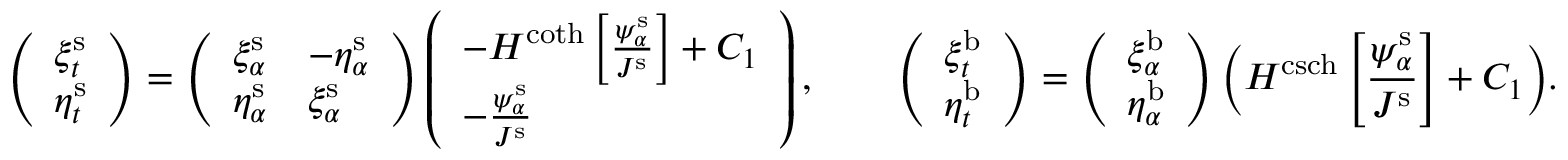
\left( \begin{array} { l } { \xi _ { t } ^ { \mathrm { s } } } \\ { \eta _ { t } ^ { \mathrm { s } } } \end{array} \right) = \left( \begin{array} { l l } { \xi _ { \alpha } ^ { \mathrm { s } } } & { - \eta _ { \alpha } ^ { \mathrm { s } } } \\ { \eta _ { \alpha } ^ { \mathrm { s } } } & { \xi _ { \alpha } ^ { \mathrm { s } } } \end{array} \right) \left( \begin{array} { l } { - H ^ { \coth } \left[ \frac { \psi _ { \alpha } ^ { \mathrm { s } } } { J ^ { \mathrm { s } } } \right] + C _ { 1 } } \\ { - \frac { \psi _ { \alpha } ^ { \mathrm { s } } } { J ^ { \mathrm { s } } } } \end{array} \right) , \qquad \left( \begin{array} { l } { \xi _ { t } ^ { \mathrm { b } } } \\ { \eta _ { t } ^ { \mathrm { b } } } \end{array} \right) = \left( \begin{array} { l } { \xi _ { \alpha } ^ { \mathrm { b } } } \\ { \eta _ { \alpha } ^ { \mathrm { b } } } \end{array} \right) \bigg ( H ^ { \operatorname { c s c h } } \left[ \frac { \psi _ { \alpha } ^ { \mathrm { s } } } { J ^ { \mathrm { s } } } \right] + C _ { 1 } \bigg ) .